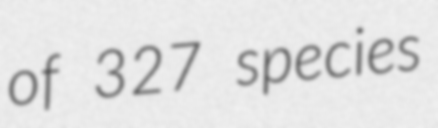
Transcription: of 327 species